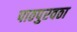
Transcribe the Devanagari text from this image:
पाठपुरवठा